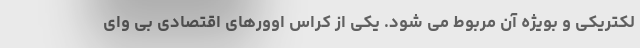
لکتریکی و بویژه آن مربوط می شود. یکی از کراس اوورهای اقتصادی بی وای